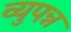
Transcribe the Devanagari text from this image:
व्युपन्न